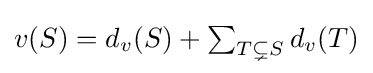
{\textstyle v(S)=d_{v}(S)+\sum _{T\subsetneq S}d_{v}(T)}